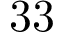
3 3